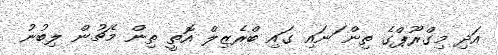
އަދި މިގްރޫޕްގެ ތިން ަނައި ގައި ބްރެޒިލް އޮތީ ތިން މެޗުން ލިބުނު